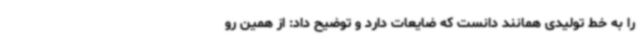
را به خط تولیدی همانند دانست که ضایعات دارد و توضیح داد: از همین رو